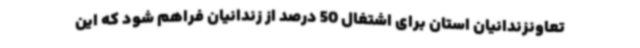
تعاونزندانیان استان برای اشتغال 50 درصد از زندانیان فراهم شود که این